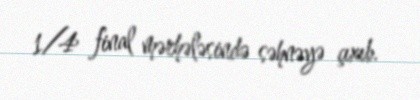
1/4 final mərhələsində səhnəyə çıxıb.